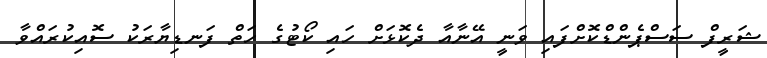
ޝަރީފް ސަސްޕެންޑްކޮށްފައި ވަނީ އޭނާއާ ދެކޮޅަށް ހައި ކޯޓުގެ ހަތް ފަނޑިޔާރަކު ސޮއިކުރައްވާ